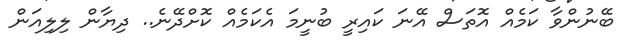
ބޭނުންވާ ކަމެއް އޮތަސް އޭނަ ކައިރީ ބުނީމަ އެކަމެއް ކޮށްދޭނެ.. ދިޔާން ލިލިއަން